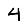
Digit: 4